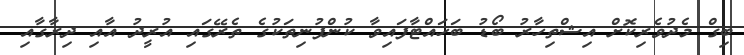
ބިގް މެދުވެރިކޮށް އިޝްތިހާރު ބޯޑު ބަހައްޓާފައިވާ ކުންފުނިތަކުގެ ތެރޭގައި އުރީދު އާއި ދިރާގާއި